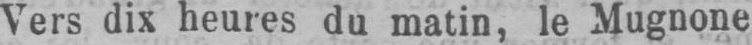
Vers dix heures du matin, le Mugnone